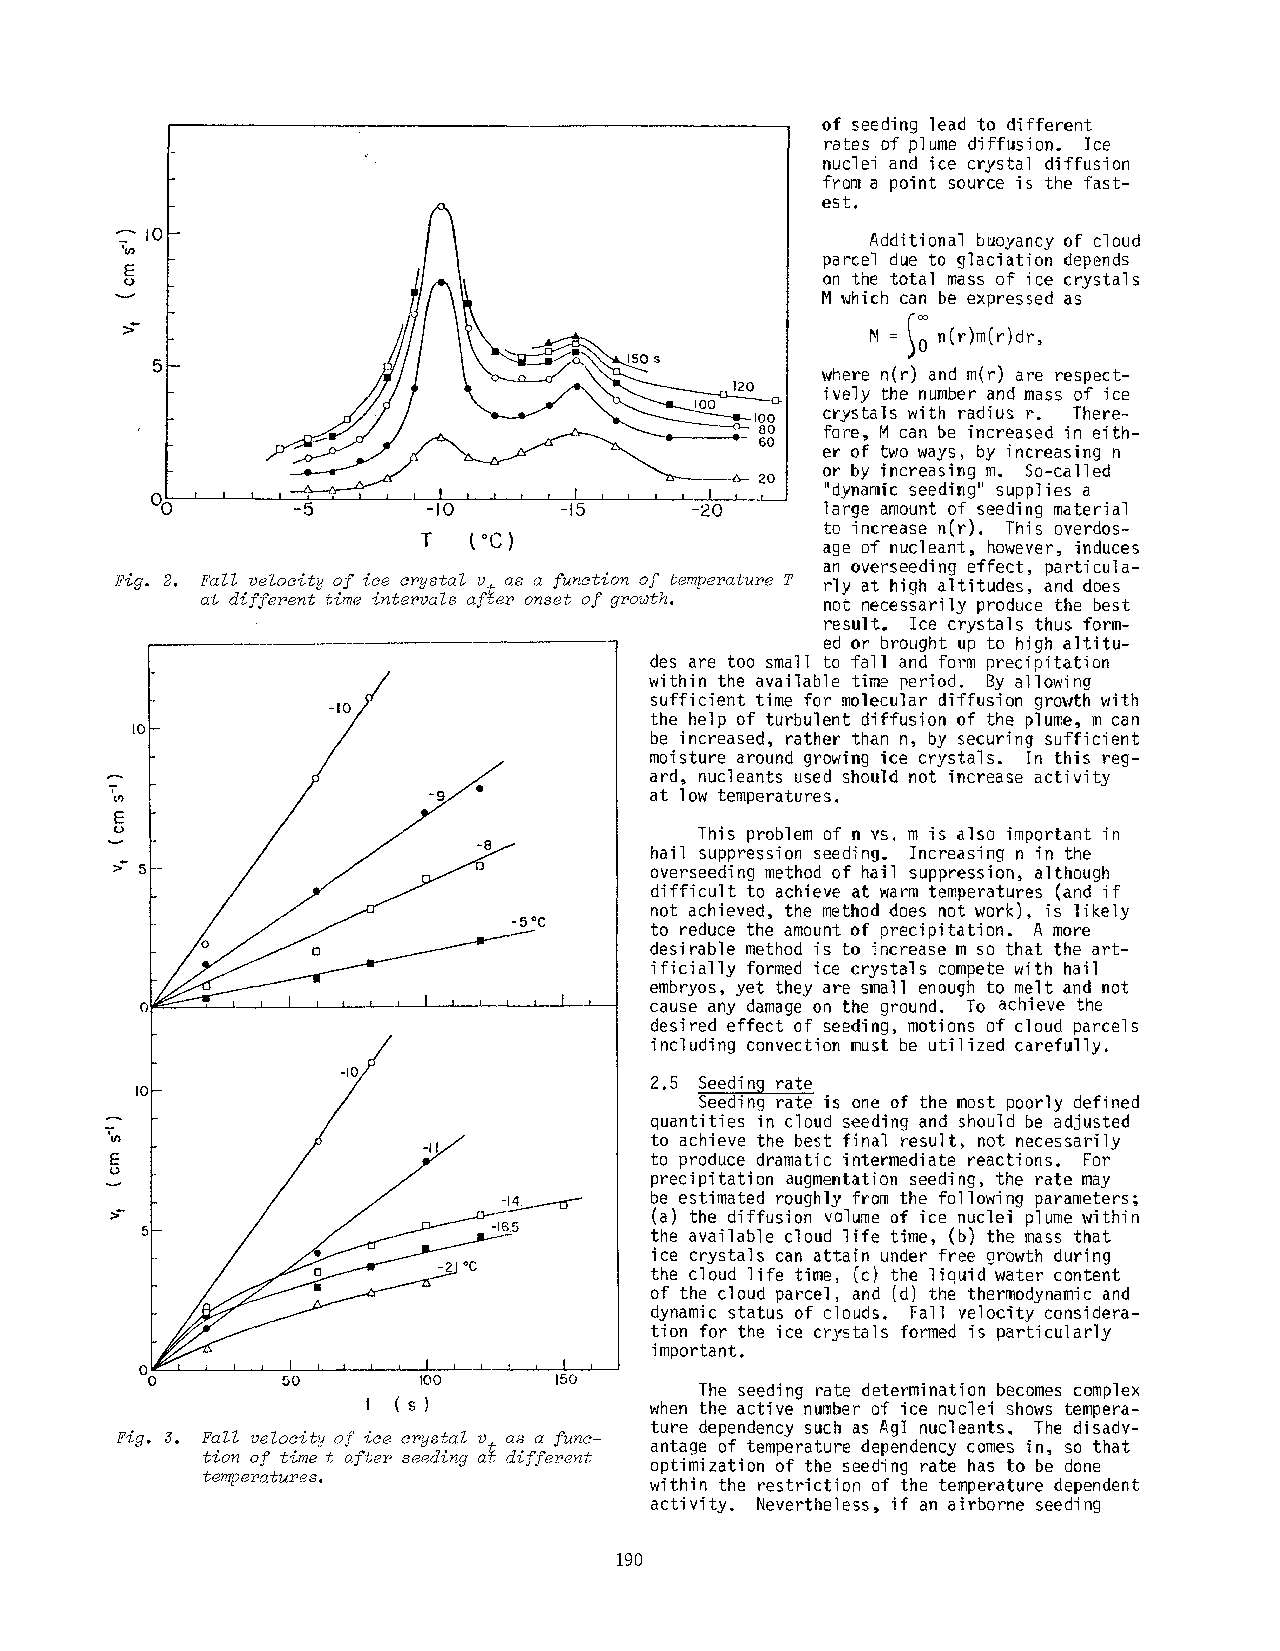
of seeding lead ~o different
 rates of plume diffusion. Ice
 nuclei and ice crystal diffusion
 from a point source is the fast-
 est.
 Additional buoyancy of cloud
 parcel due to ~laciation depends
 on %het otal mass of ice crystals
 M ~hich can be e~pressed as
 where n(r) and m(r) are respect-
 ively the number and mass of ice
 crystals with radius r. There-
 ~                     ~? 60 fore, M can be increased in eith-
 er of t~o ways, by increasing n
 ~/~~-
 or bw imcreasing m. So-called
 ~0
 , l , , , , I , , , , I , ._.~_ "dynandc seedimg" supplies a
 -I0      -15      -20     large amount of seeding material
 T  ~°C)                   te increase n(r). This overdos-
 age of nuclean~, however, induces
 an overseeding effect, particula-
 Fig.2 . ~ll velocityo f ice crystalu .~ as a functiono f temperatureT rly a%h igh altitudes, and does
 at differentt ime intervalsa fter onset of growth.
 not necessarily produce the best
 result. Ice crystals thus form-
 ed or brought up to high altitu-
 des are too small to fall and form precipitation
 within the available time period. By allowing
 sufficient time for molecular diffusion growth with
 -IO
 the help of turbulent diffusion of the plume, m can
 I0
 be increased, rather than n, by securing sufficient
 moisture around growing ice crystals. In this reg-
 ard, nucleants used should not increase activity
 at low temperatures.
 This problem of n vs. m is also important in
 hail suppression seeding. Increasing n in the
 overseeding method of hail suppression, although
 difficult to achieve at warm temperatures (and if
 not achieved, the method does not work), is likely
 to reduce the amount of precipitation. A more
 desirable method is to increase m so that the art-
 ificially formed ice crystals compete with hail
 embryos, yet they are small enough to melt and not
 cause any damage on the ground. To achieve the
 desired effect of seeding, motions of cloud parcels
 including convection must be utilized carefully.
 I0                                2.5 Seedin9 rate
 Seeding rate is one of the most poorly defined
 quantities in cloud seeding and should be adjusted
 -II            to achieve the best final result, not necessarily
 to produce dramatic intermediate reactions. For
 precipitation augme,tation seeding, the rate may
 be estimated roughly from the following parameters;
 (a) the diffusion volume of ice nuclei plume within
 the available cloud life time, (b) the mass that
 ice crystals can attain under free growth during
 the cloud life time, (cl the liquid water content
 of the cloud parcel, and (d) the thermodynamic and
 dynamic status of clouds. Fall ~elocity considera-
 tion for the ice crystals formed is particularly
 important.
 0
 0        50       I00      150
 The seeding rate determination becomesc omplex
 t (S)              when the active n~mber o$ ice nuclei shows tempera-
 ture dependency suc~ as Agl nucleants. The disadv-
 Fig. 3. Fall velocityo f ice crysta~v ~ as a ]’unc- antage of temperature dependency comes ~n, so t~at
 tion of time t afbers eedinga ~ dio~ferent
 optimization of t~e seeding rate has to be done
 temperatures.
 within the restriction of the temperature dependent
 activity. Nevertheless, if an airborne seeding
 190